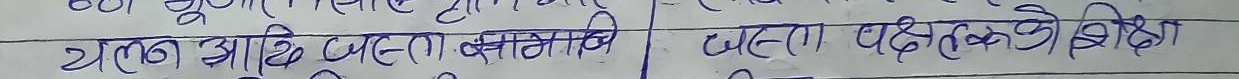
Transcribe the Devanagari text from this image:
यल आदि अलग बनाउने। अलग अलग किनै लेखिने ।